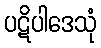
ပဋိပါဒေသုံ